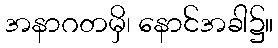
အနာဂတမှိ၊ နောင်အခါ၌။